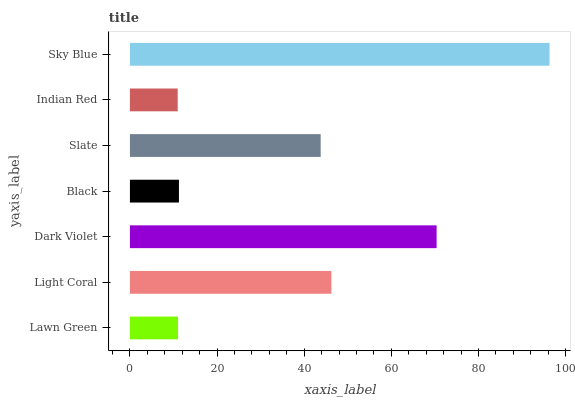
| yaxis_label | bars |
 | --- | --- |
 | Lawn Green | 11 |
 | Light Coral | 46.2 |
 | Dark Violet | 70.4 |
 | Black | 11.2 |
 | Slate | 43.8 |
 | Indian Red | 11 |
 | Sky Blue | 96.3 |